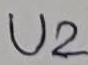
Text: U2